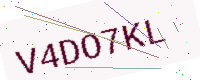
Text: V4DO7KL